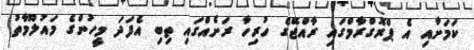
ކަމަށާއި އެ ޕްރޮގްރާމްގައި ރާއްޖޭގެ ހުރިހާ ރަށެއްގައި ތިބި އެފަދަ މީހުންގެ މައުލޫމާތު